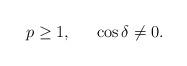
LaTeX: \begin{align*}\begin{array}{ccc} p \geq 1 , & & \cos{\delta} \neq 0 . \end{array} \end{align*}